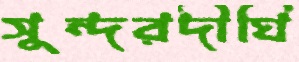
সুন্দরদীঘি